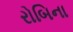
રોબિના